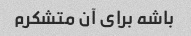
باشه برای آن متشکرم